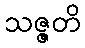
သဇ္ဇတိ